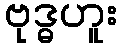
ဗုဒ္ဓဟူး